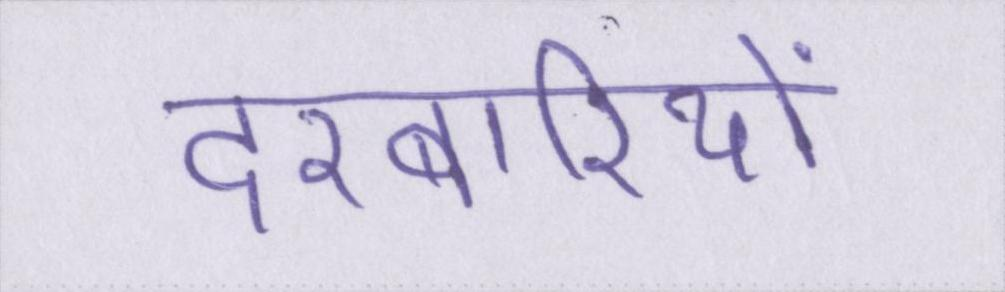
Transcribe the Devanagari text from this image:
दरबारियों